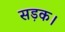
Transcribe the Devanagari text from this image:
सड़क।